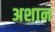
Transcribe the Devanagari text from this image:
अशान